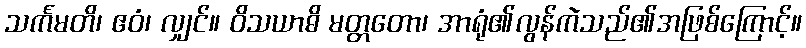
သင်္ကမတိ၊ ဧဝံ၊ လျှင်။ ဝိသယာဓိ မတ္တတော၊ အာရုံ၏လွန်ကဲသည်၏အဖြစ်ကြောင့်။